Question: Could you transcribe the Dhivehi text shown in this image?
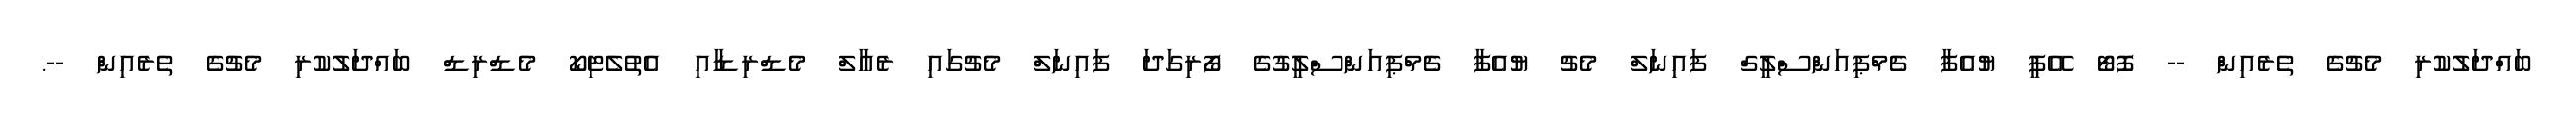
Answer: ބައްދަލުކުރި މެޗުގެ ތެރެއިން -- ފޮޓޯ އޭޕީ ޔުއެފާ ޗެމްޕިއަންސްލީގް ފައިނަލް މެޗު ޔުއެފާ ޗެމްޕިއަންސްލީގުގެ ފޯރިގަދަ ފައިނަލް މެޗުގައި ރެއާލް މެޑްރިޑާއި އެތުލެޓިކޯ މެޑްރިޑް ބައްދަލުކުރި މެޗުގެ ތެރެއިން --.